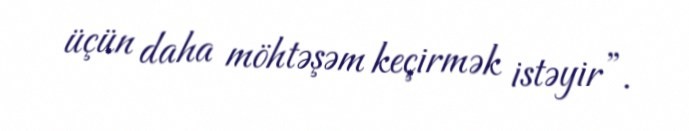
üçün daha möhtəşəm keçirmək istəyir”.